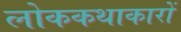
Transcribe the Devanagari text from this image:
लोककथाकारों